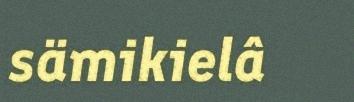
sämikielâ